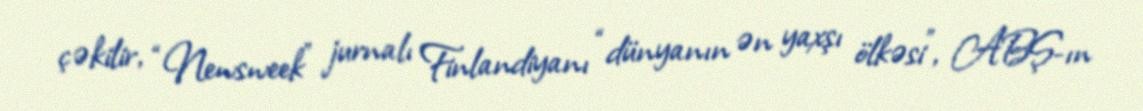
çəkilir, “Newsweek” jurnalı Finlandiyanı “dünyanın ən yaxşı ölkəsi”, ABŞ-ın